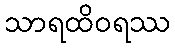
သာရထိဝရဿ